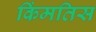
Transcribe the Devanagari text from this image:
किंमतिस